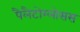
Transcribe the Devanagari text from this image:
पैलैटोग्लोसस